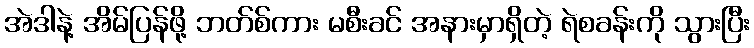
အဲဒါနဲ့ အိမ်ပြန်ဖို့ ဘတ်စ်ကား မစီးခင် အနားမှာရှိတဲ့ ရဲစခန်းကို သွားပြီး